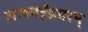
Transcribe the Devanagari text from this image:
राजमहेंद्रवरम्